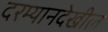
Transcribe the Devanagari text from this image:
दरम्यानदेखील